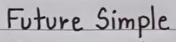
Future Simple